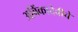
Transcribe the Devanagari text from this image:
अबिंकादेवीचे